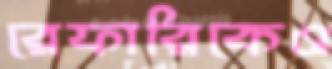
রেফারিকেও